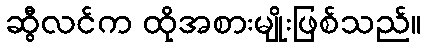
ဆွီလင်က ထိုအစားမျိုးဖြစ်သည်။